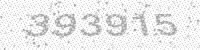
Solution: 393915